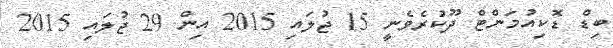
ބިޑް ޑޮކިއުމަންޓް ދޫކުރެވެނީ 15 ޖުލައި 2015 އިން 29 ޖުލައި 2015